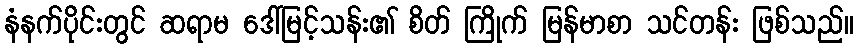
နံနက်ပိုင်းတွင် ဆရာမ ဒေါ်မြင့်သန်း၏ စိတ် ကြိုက် မြန်မာစာ သင်တန်း ဖြစ်သည်။